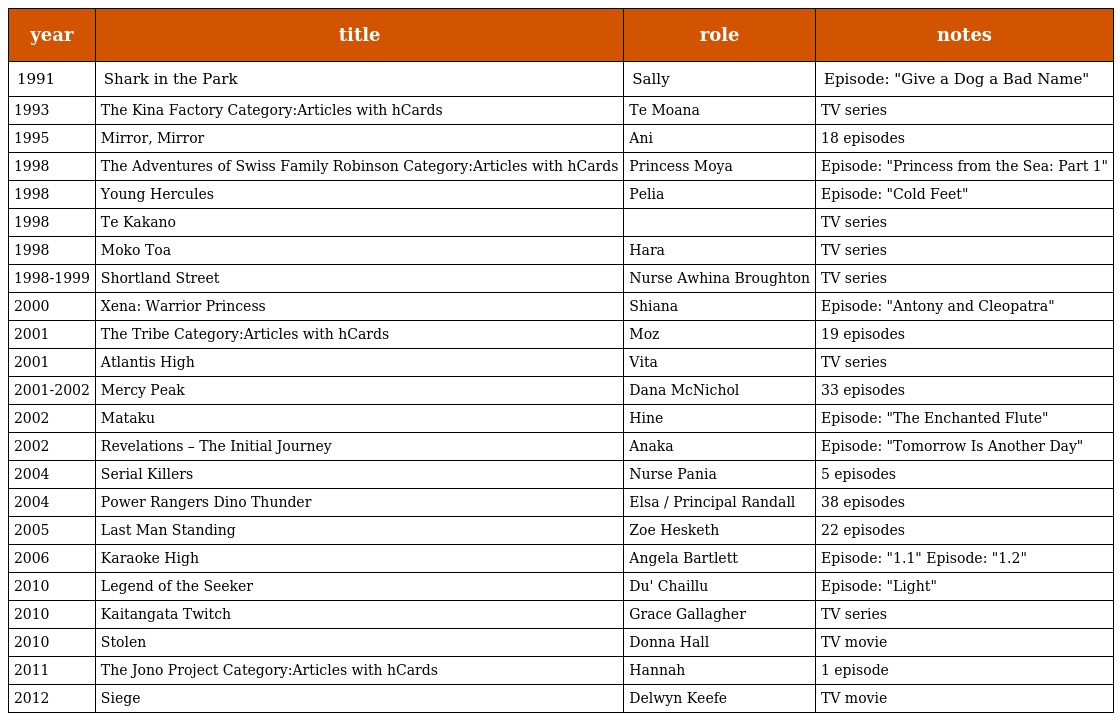
| year | title | role | notes |
 | --- | --- | --- | --- |
 | 1991 | Shark in the Park | Sally | Episode: "Give a Dog a Bad Name" |
 | 1993 | The Kina Factory Category:Articles with hCards | Te Moana | TV series |
 | 1995 | Mirror, Mirror | Ani | 18 episodes |
 | 1998 | The Adventures of Swiss Family Robinson Category:Articles with hCards | Princess Moya | Episode: "Princess from the Sea: Part 1" |
 | 1998 | Young Hercules | Pelia | Episode: "Cold Feet" |
 | 1998 | Te Kakano |  | TV series |
 | 1998 | Moko Toa | Hara | TV series |
 | 1998-1999 | Shortland Street | Nurse Awhina Broughton | TV series |
 | 2000 | Xena: Warrior Princess | Shiana | Episode: "Antony and Cleopatra" |
 | 2001 | The Tribe Category:Articles with hCards | Moz | 19 episodes |
 | 2001 | Atlantis High | Vita | TV series |
 | 2001-2002 | Mercy Peak | Dana McNichol | 33 episodes |
 | 2002 | Mataku | Hine | Episode: "The Enchanted Flute" |
 | 2002 | Revelations – The Initial Journey | Anaka | Episode: "Tomorrow Is Another Day" |
 | 2004 | Serial Killers | Nurse Pania | 5 episodes |
 | 2004 | Power Rangers Dino Thunder | Elsa / Principal Randall | 38 episodes |
 | 2005 | Last Man Standing | Zoe Hesketh | 22 episodes |
 | 2006 | Karaoke High | Angela Bartlett | Episode: "1.1" Episode: "1.2" |
 | 2010 | Legend of the Seeker | Du' Chaillu | Episode: "Light" |
 | 2010 | Kaitangata Twitch | Grace Gallagher | TV series |
 | 2010 | Stolen | Donna Hall | TV movie |
 | 2011 | The Jono Project Category:Articles with hCards | Hannah | 1 episode |
 | 2012 | Siege | Delwyn Keefe | TV movie |